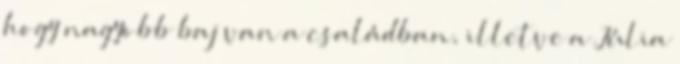
hogy nagyobb baj van a családban, illetve a Júlia